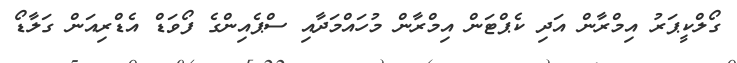
ގޯލްކީޕަރު އިމްރާން އަދި ކެޕްޓަން އިމްރާން މުހައްމަދާއި ސްޕެއިންގެ ފޯވަޑް އެޑްރިއަން ގަލާޑޯ